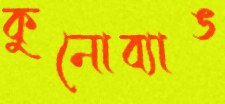
কুনোব্যাঙ